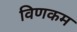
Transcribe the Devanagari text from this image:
विणकम